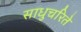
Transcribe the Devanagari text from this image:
साधुचरिते